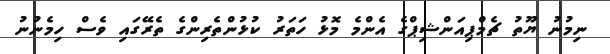
ނިމުނު ޔޫތު ޗެމްޕިއަންޝިޕްގެ އެންމެ މޮޅު ހަތަރު ކުޅުންތެރިންގެ ތެރޭގައި ވެސް ހިމެނުނު